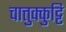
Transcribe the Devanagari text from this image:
चात्तुक्कुट्टि